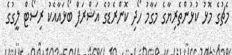
މެޗުގެ މޮޅު ކުޅުންތެރިޔާގެ މަގާމު ހޯދި ކޮންރެޑުގެ އަޝްރަފް ބޯޅައާއެކު ރިސޯޓް ލީގުގެ